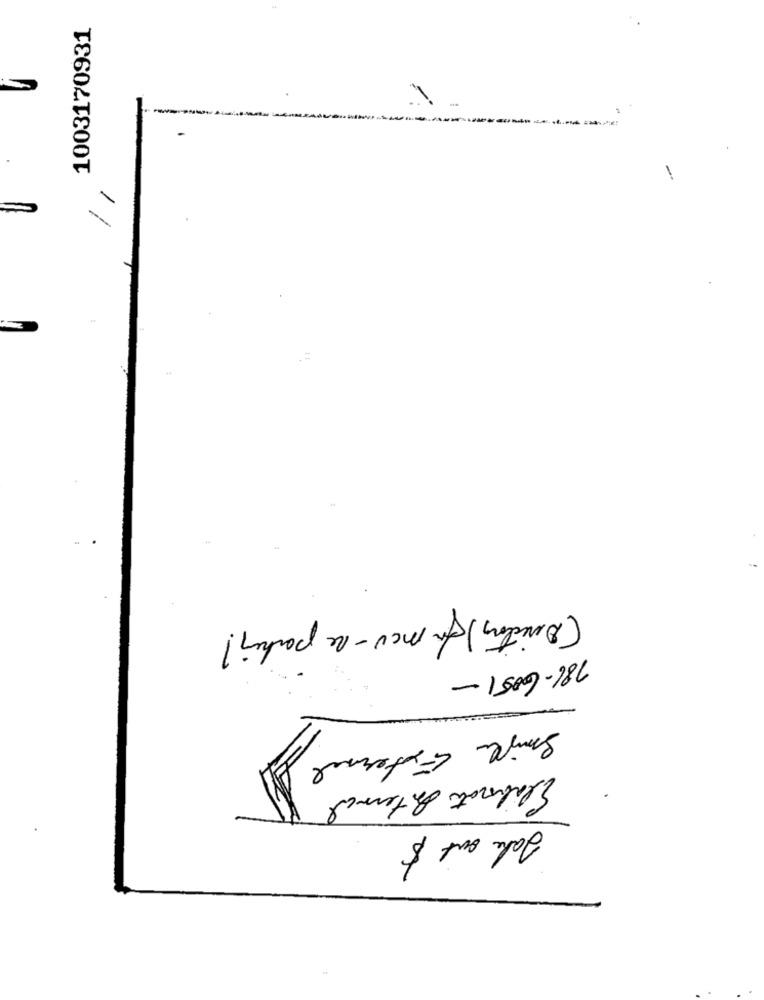
1003170931
-
(Directors) formou-se partir ?
786-6051-
Siger External
Elaborato Internal
Take out $